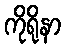
ကိုရိုနာ